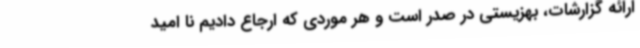
ارائه گزارشات، بهزیستی در صدر است و هر موردی که ارجاع دادیم نا امید